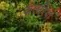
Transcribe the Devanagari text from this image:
कलरिया